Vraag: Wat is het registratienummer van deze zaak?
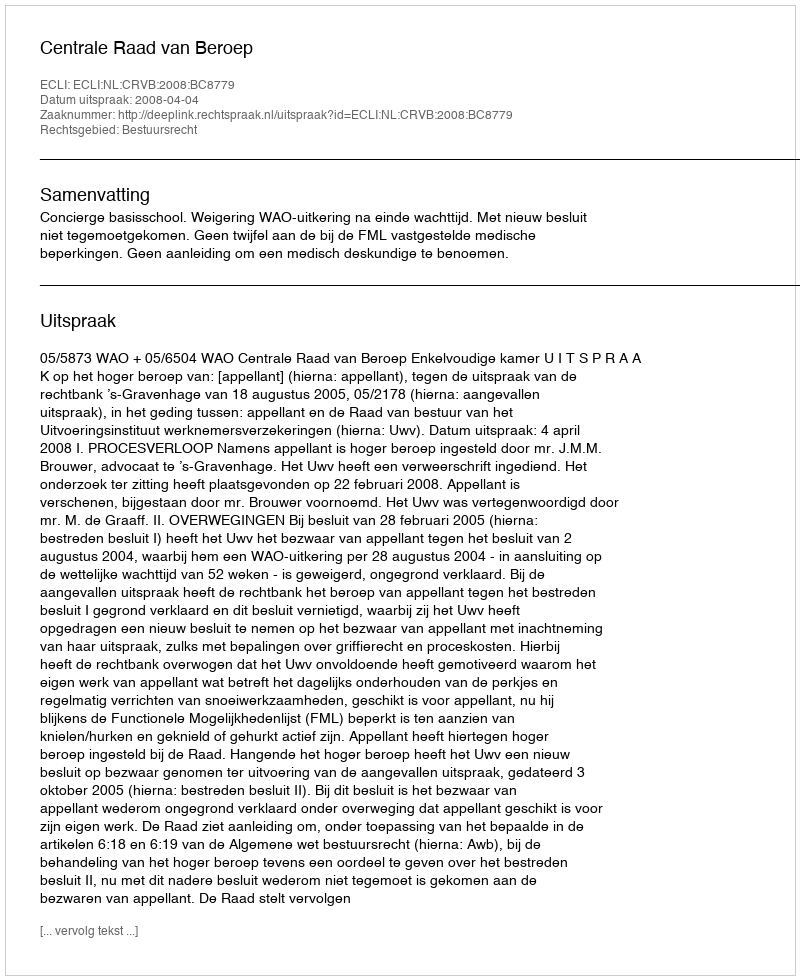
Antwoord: http://deeplink.rechtspraak.nl/uitspraak?id=ECLI:NL:CRVB:2008:BC8779